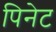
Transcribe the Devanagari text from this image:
पिनेट